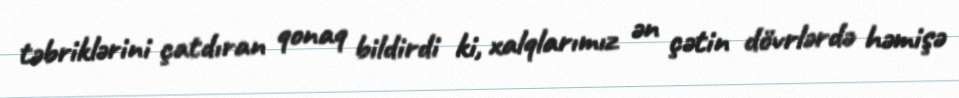
təbriklərini çatdıran qonaq bildirdi ki, xalqlarımız ən çətin dövrlərdə həmişə